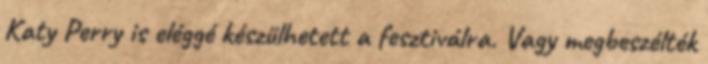
Katy Perry is eléggé készülhetett a fesztiválra. Vagy megbeszélték